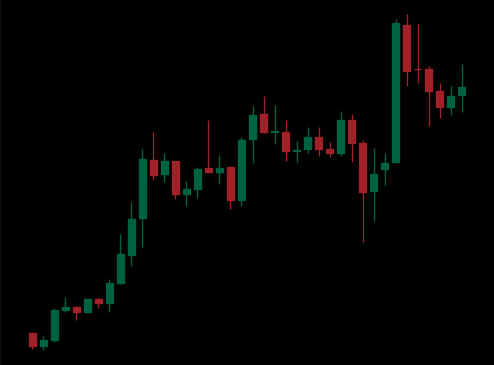
Pattern: unclassified